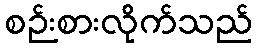
စဉ်းစားလိုက်သည်